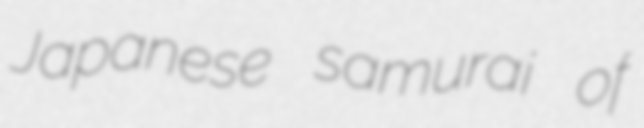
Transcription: Japanese samurai of